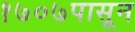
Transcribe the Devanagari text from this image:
१७०७पासून